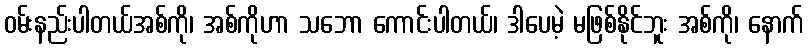
ဝမ်းနည်းပါတယ်အစ်ကို၊ အစ်ကိုဟာ သဘော ကောင်းပါတယ်၊ ဒါပေမဲ့ မဖြစ်နိုင်ဘူး အစ်ကို၊ နောက်